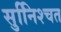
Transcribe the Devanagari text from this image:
सुनििश्चत